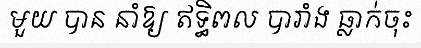
មួយ បាន នាំឱ្យ ឥទ្ធិពល បារាំង ធ្លាក់ចុះ